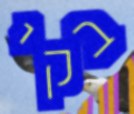
בקי